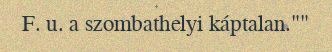
F. u. a szombathelyi káptalan.""